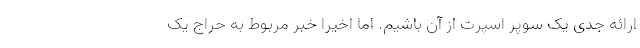
ارائه جدی یک سوپر اسپرت از آن باشیم. اما اخیرا خبر مربوط به حراج یک